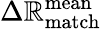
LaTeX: \Delta\mathbb{R}_{\mathrm{{match}}}^{\mathrm{{mean}}}